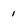
Character: 1